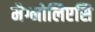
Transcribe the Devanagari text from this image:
मैग्नोलिएसि